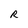
Character: R